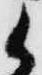
候